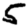
Digit: 5